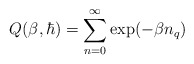
\begin{align*}Q(\beta,\hbar)=\sum_{n=0}^{\infty} \exp(-\beta n_{q})\end{align*}